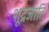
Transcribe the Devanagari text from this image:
शूद्रजाति